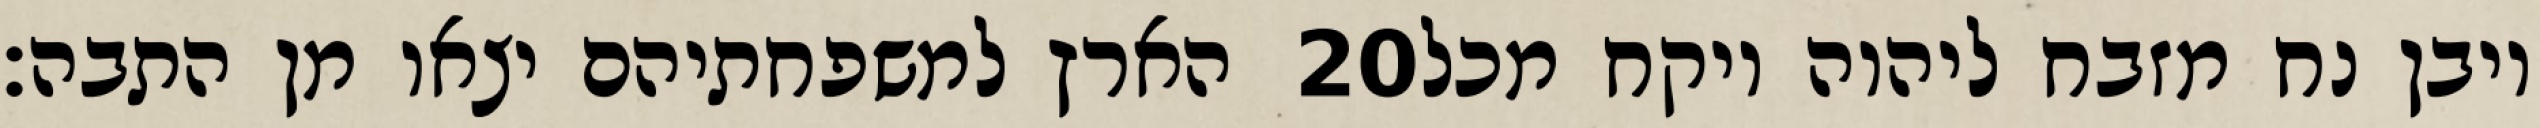
הארץ למשפחתיהם יצאו מן התבה׃ ‎20‏ ויבן נח מזבח ליהוה ויקח מכל